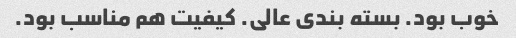
خوب بود. بسته بندی عالی. کیفیت هم مناسب بود.